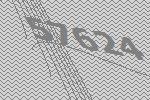
57624